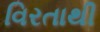
વિરતાથી